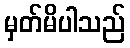
မှတ်မိပါသည်